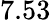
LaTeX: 7.53